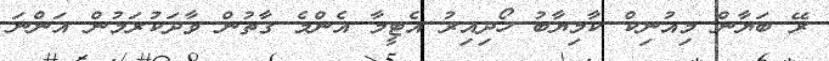
ރޭ ބަޔާން މިއުނިކް ކާމިޔާބު ހޯދިއިރު އެޓީމާ އެންމެ ގާތުން ވާދަކުރަމުން އަންނަ